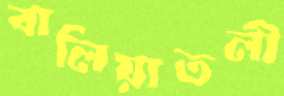
বালিয়াতলী